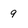
Character: 9